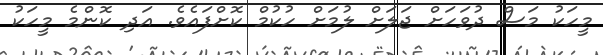
މީހަކު މަސް ދުވަހަށް ޖަލަށް ލުމަށް ހުކުމް ކޮށްފައެވެ. އަދި ކޮންމެ މީހަކު